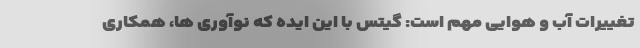
تغییرات آب و هوایی مهم است: گیتس با این ایده که نوآوری ها، همکاری